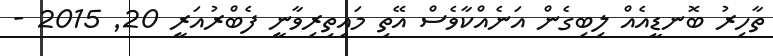
ތާހިރު ބޮނޑީއެއް ލިބިގެން އަނެއްކާވެސް އޭތި މައިތިރިވާނީ ފެބްރުއަރީ 20